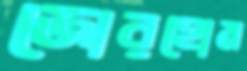
জোরহোম